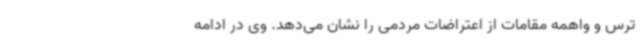
ترس و واهمه مقامات از اعتراضات مردمی را نشان می‌دهد. وی در ادامه